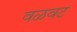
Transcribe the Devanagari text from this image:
वळवट